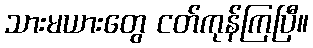
သားမယားတွေ ငတ်ကုန်ကြပြီ။